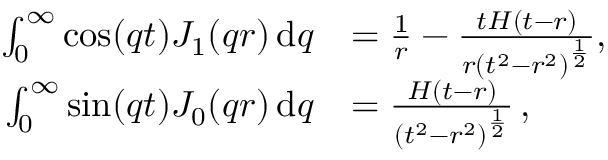
\begin{array} { r l } { \int _ { 0 } ^ { \infty } \cos ( q t ) J _ { 1 } ( q r ) \, \mathrm { d } q } & { = \frac { 1 } { r } - \frac { t H ( t - r ) } { r \left( t ^ { 2 } - r ^ { 2 } \right) ^ { \frac { 1 } { 2 } } } , } \\ { \int _ { 0 } ^ { \infty } \sin ( q t ) J _ { 0 } ( q r ) \, \mathrm { d } q } & { = \frac { H ( t - r ) } { \left( t ^ { 2 } - r ^ { 2 } \right) ^ { \frac { 1 } { 2 } } } \, , } \end{array}